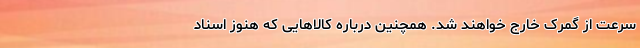
سرعت از گمرک خارج خواهند شد. همچنین درباره کالاهایی که هنوز اسناد